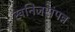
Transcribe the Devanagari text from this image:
खनिजसंपन्न